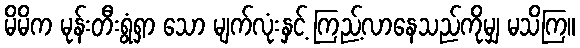
မိမိက မုန်းတီးရွံရှာ သော မျက်လုံးနှင့် ကြည့်လာနေသည်ကိုမျှ မသိကြ။